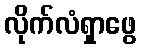
လိုက်လံရှာဖွေ